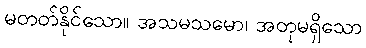
မတတ်နိုင်သော။ အသမသမော၊ အတုမရှိသော